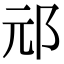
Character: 邧